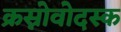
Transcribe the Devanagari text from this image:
क्रस्नोवोदस्क